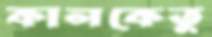
কালকেতু